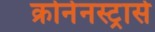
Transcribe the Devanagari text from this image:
क्रोनेनस्ट्रासे